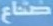
صناع